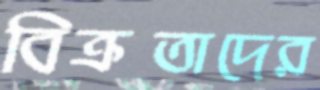
বিক্রতাদের